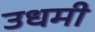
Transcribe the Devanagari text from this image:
उधमी